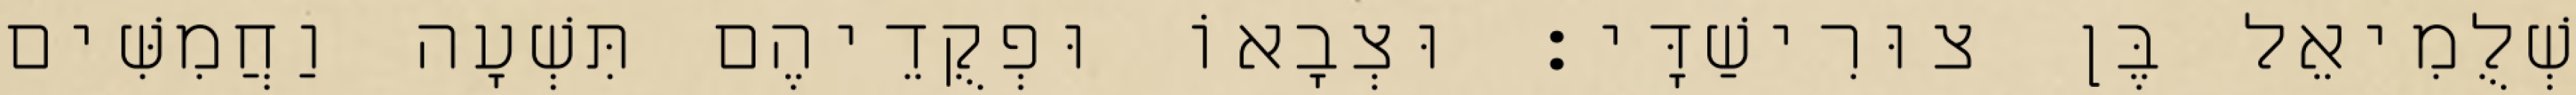
שְׁלֻמִיאֵל בֶּן צוּרִישַׁדָּי׃ וּצְבָאוֹ וּפְקֻדֵיהֶם תִּשְׁעָה וַחֲמִשִּׁים